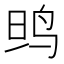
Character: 𱉗